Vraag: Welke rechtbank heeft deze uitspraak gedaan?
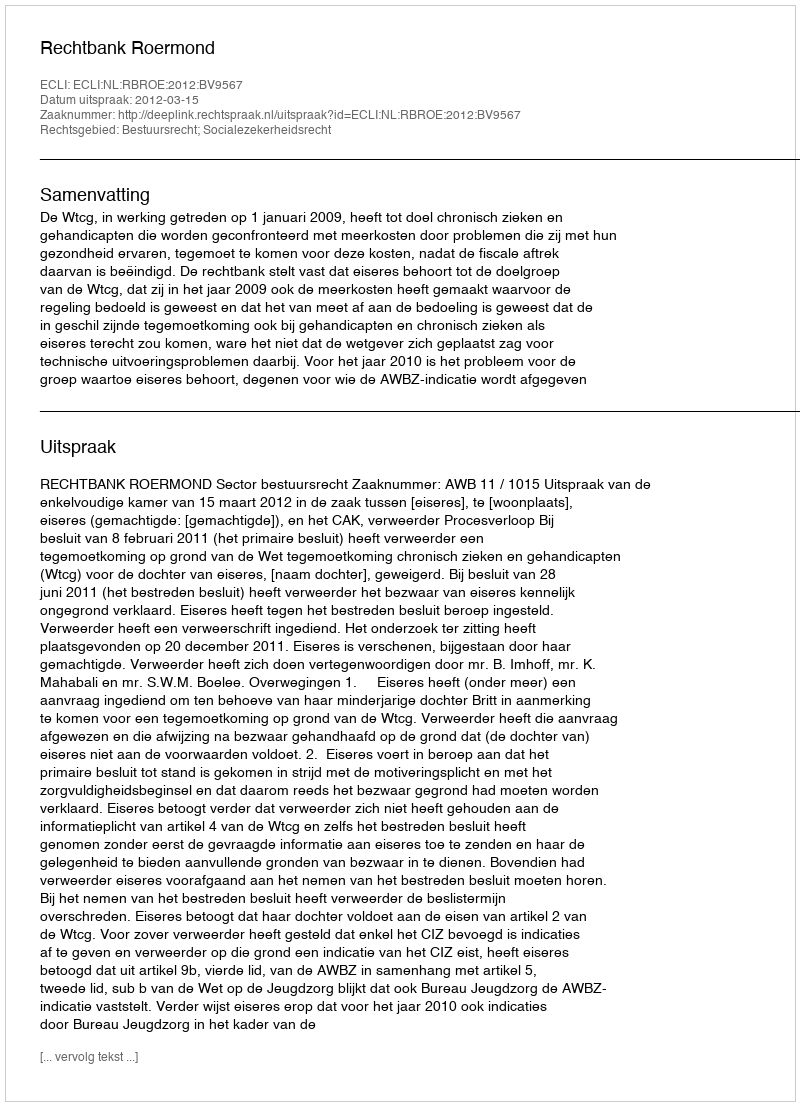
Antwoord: Rechtbank Roermond